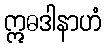
ဣဓဒါနာဟံ